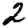
Digit: 2